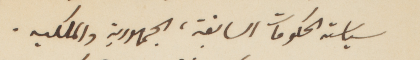
سياسة الحكومات السابقة، الجمهورية والملكيه.